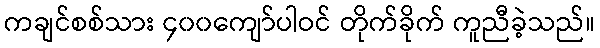
ကချင်စစ်သား ၄၀၀ကျော်ပါဝင် တိုက်ခိုက် ကူညီခဲ့သည်။